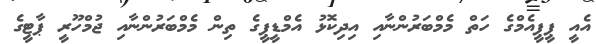
އެއީ ޕީޕީއެމްގެ ހަތް މެމްބަރުންނާއި އިދިކޮޅު އެމްޑީޕީގެ ތިން މެމްބަރުންނާއި ޖުމްހޫރީ ޕާޓީގެ